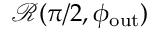
\mathcal { R } ( \pi / 2 , \phi _ { \mathrm { o u t } } )